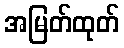
အမြတ်ထုတ်